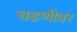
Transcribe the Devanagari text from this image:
चढणीवर